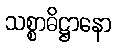
သစ္စာဓိဋ္ဌာနော